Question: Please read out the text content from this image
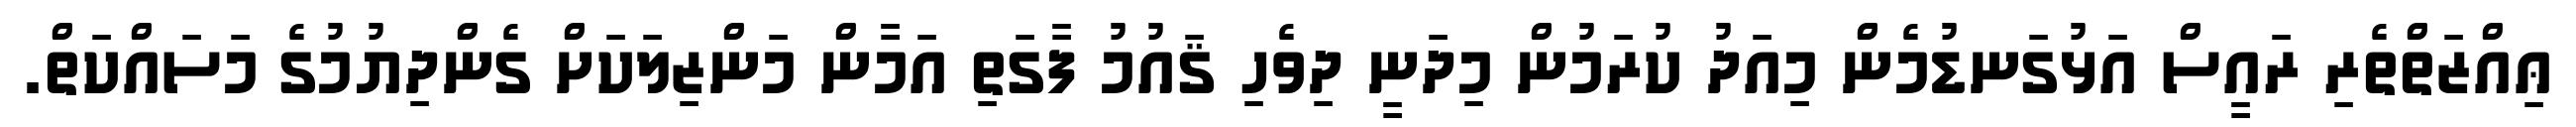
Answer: ޢިއްޒަތްތެރި ރައީސް އަޅުގަނޑުމެން މިއަދު ކުރަމުން މިދަނީ ދިވެހި ޤައުމު ފާގަތި އަމާން މަންޒިލަކަށް ގެންދިޔުމުގެ މަސައްކަތް.